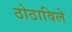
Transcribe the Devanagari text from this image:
ठोठाविले